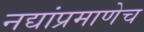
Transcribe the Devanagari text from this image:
नद्यांप्रमाणेच